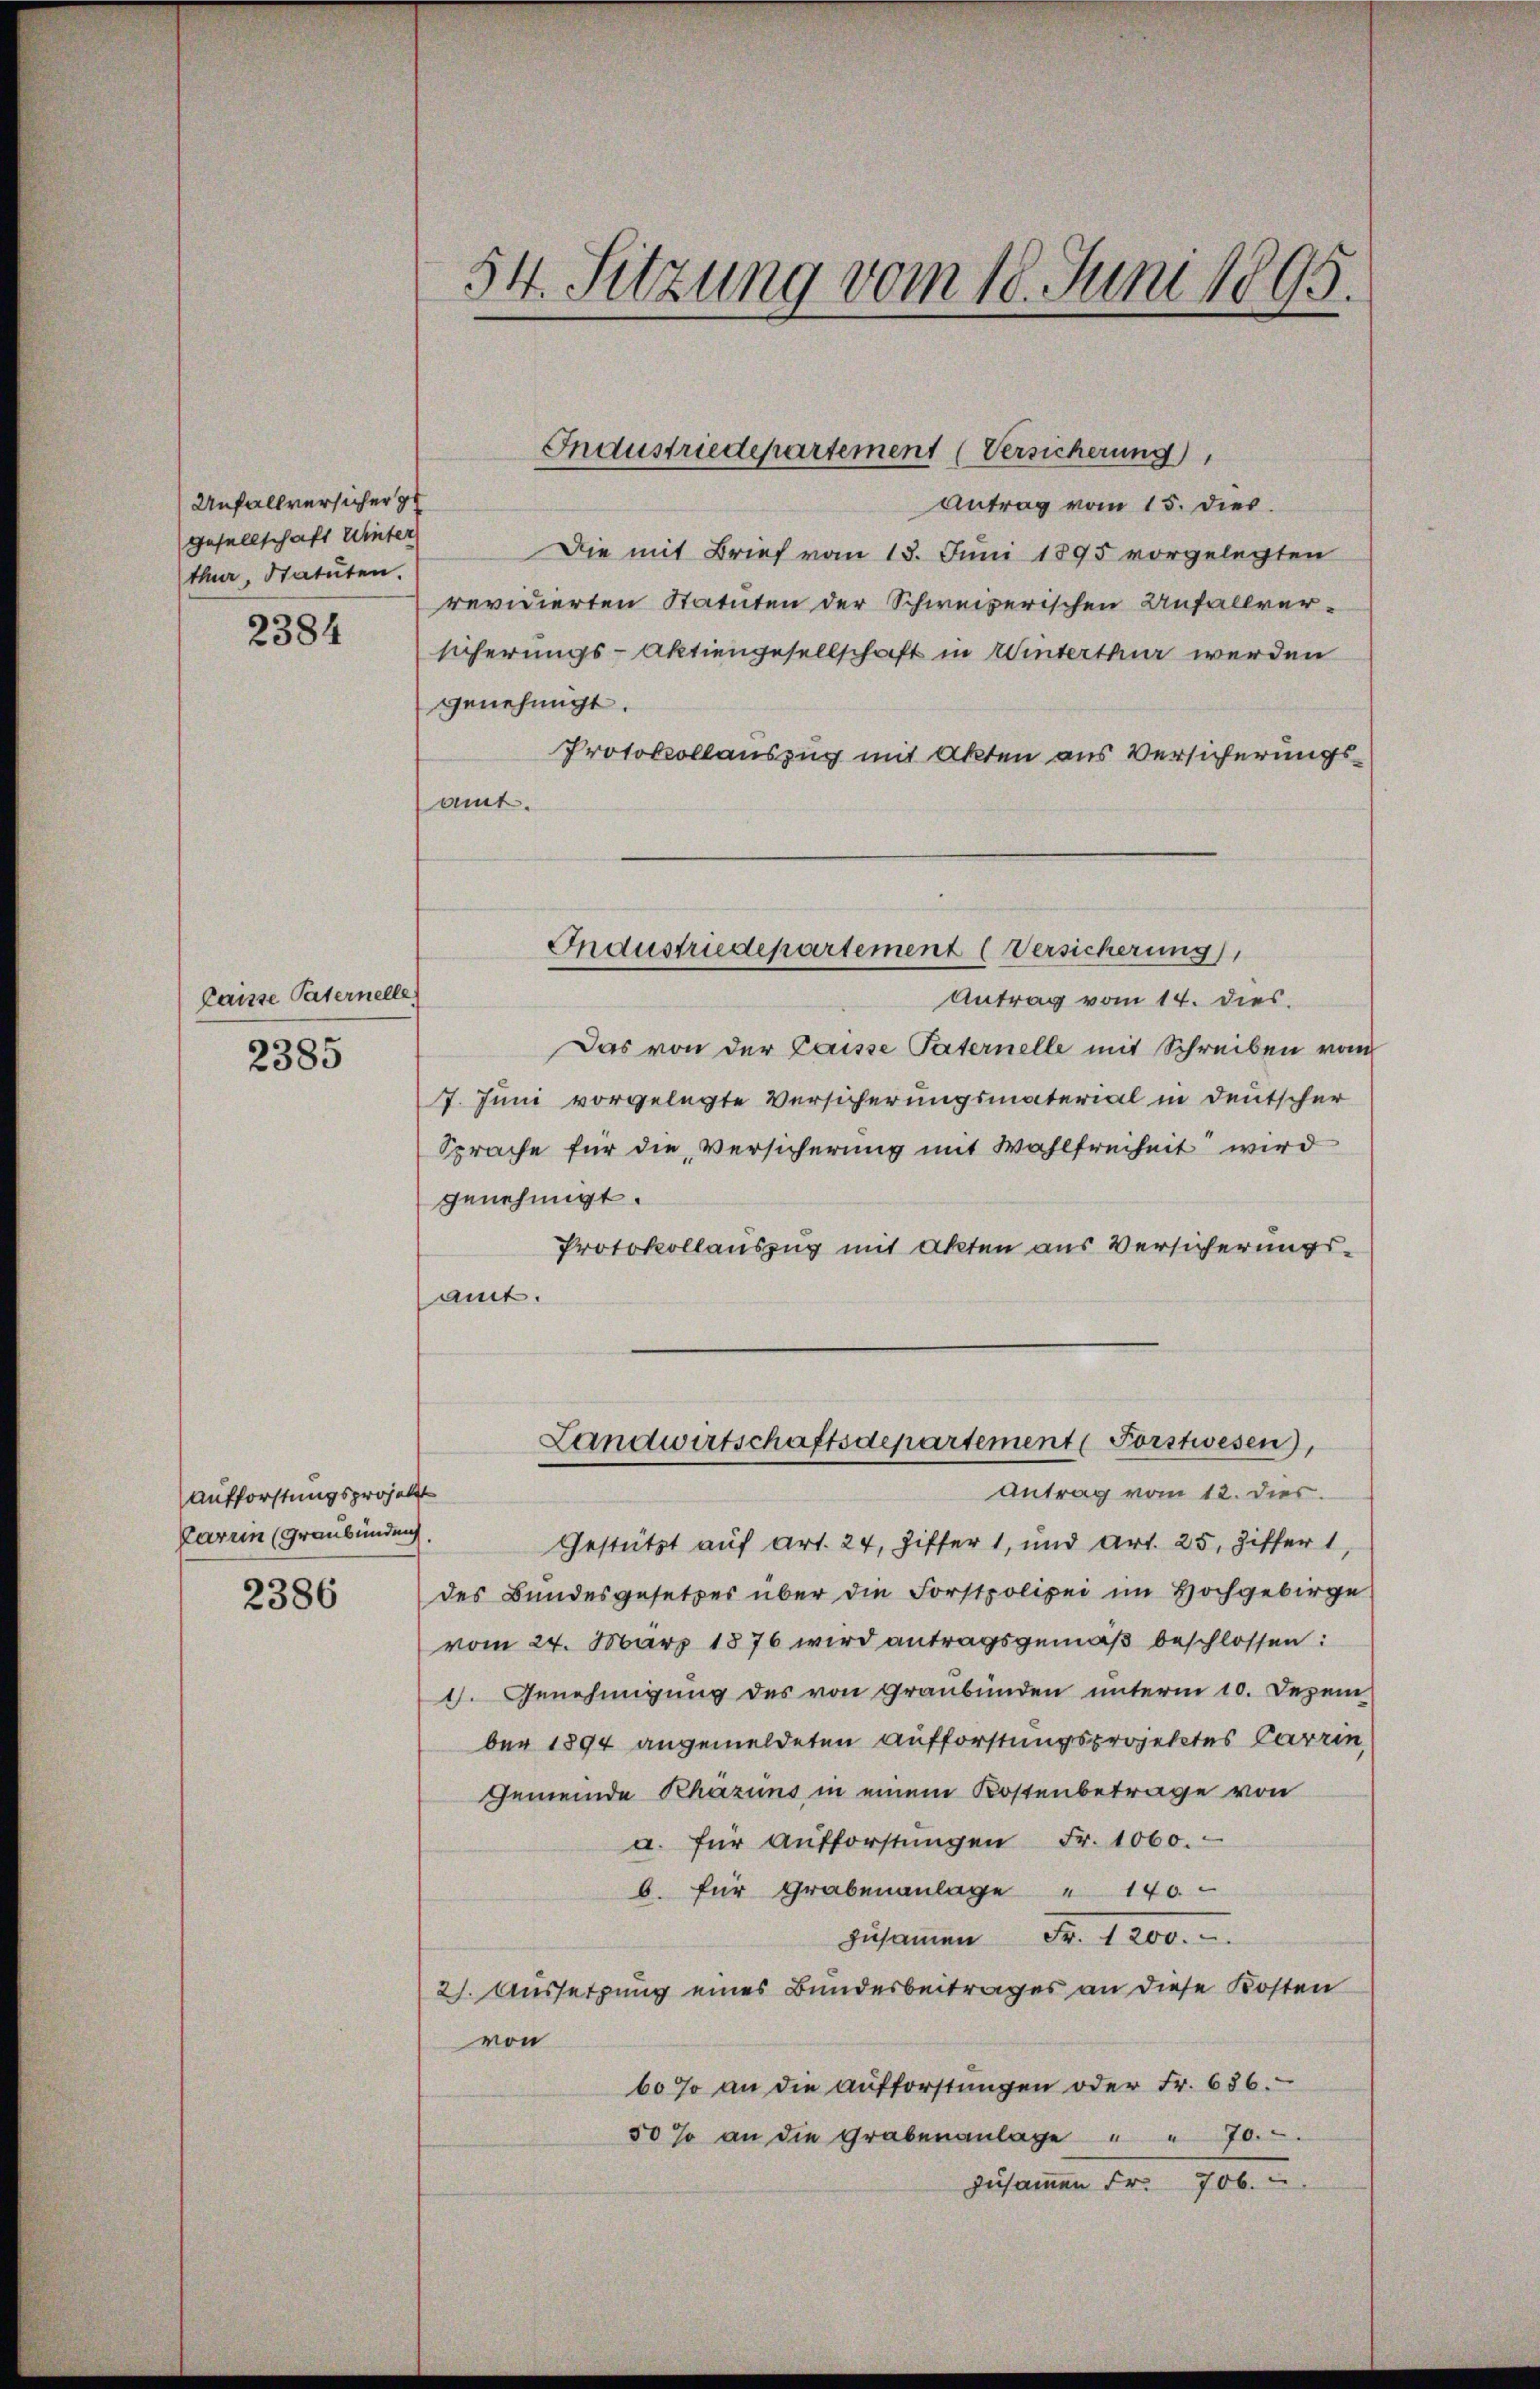
Unfallversicher z
gesellschaft Winter
ther, Statuten.

2384

Caisse Paternelle
2385

Aufforstungsprojekt
Carrin (Graubünden

2386

Antrag vom 15. dies
Die mit Brief vom 13. Juni 1895 vorgelegten
revidierten Statuten der Schweizerischen Unfallversicherungs-Aktiengesellschaft in Winterthur werden
genehmigt.
Protokollauszug mit Akten aus Versicherungsamt.

Antrag vom 14. dies.
Das von der Casse Paternelle mit Schreiben vom
7. Juni vorgelegte Versicherungsmaterial in Deutscher
Sprache für die Versicherung mit Wahlfreiheit wird
genehmigt.
Protokollauszug mit Akten aus Versicherungsamt.

54. Sitzung vom 18. Juni 1895.

Industriedepartement (Versicherung

Industriedepartement (Versicherung

Landwirtschaftsdepartement (Porstwesen),

Antrag vom 12. dies.
Gestützt auf Art. 24, Ziffer 1, und Art. 25. Ziffer 1,
des Bundesgesetzes über die Forstpolizei im Hochgebirge
vom 24. März 1876 wird antragsgemäß beschlossen:
9. Genehmigung des von Graubünden unterm 10. Dezem
ber 1894 angemeldeten Aufforstungsprojektes Carrin
Gemeinde Rhazuns in einem Kostenbetrage von
a. für Aŭfforstŭngen Fr. 1060.
b. für Grabenanlage " 140
zusammen Fr. 1200.
21. Aussetzung eines Bundesbeitrages an diese Kosten
von
60 so an die Aufforstungen oder Fr. 686.
50% an die Grabenanlage
zusammen Fr. 706. u.